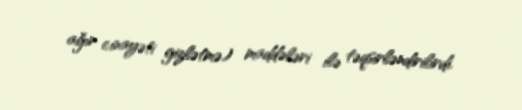
ağır cinayəti gizlətmə) maddələri ilə təqsirləndirilirdi.